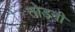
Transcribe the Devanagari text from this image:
तोड़नी